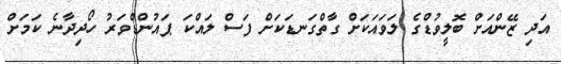
އަދި ޒޭންއަށް ބޮލީވުޑްގެ ލަވައަކަށް ގާތްގަނޑަކަށް ފަސް ލައްކަ ޕައުންޑްވަރު ހޯދިދާނެ ކަމަށް